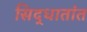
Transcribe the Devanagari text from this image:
सिद्धातांत